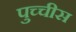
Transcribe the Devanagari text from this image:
पुच्चीस